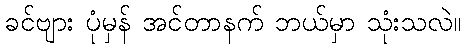
ခင်ဗျား ပုံမှန် အင်တာနက် ဘယ်မှာ သုံးသလဲ။